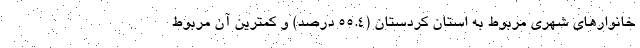
خانوار‌های شهری مربوط به استان کردستان (55.4 درصد) و کمترین آن مربوط